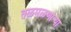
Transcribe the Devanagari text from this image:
तळमळणार्‍या